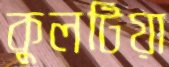
কুলটিয়া